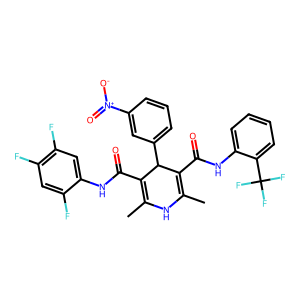
SMILES: CC1=C(C(=O)Nc2cc(F)c(F)cc2F)C(c2cccc([N+](=O)[O-])c2)C(C(=O)Nc2ccccc2C(F)(F)F)=C(C)N1
Inhibits HIV replication: No